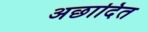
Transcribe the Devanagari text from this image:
अछादित